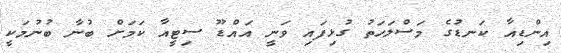
އިންޑިއާ ކަނޑުގެ މަސްލަހަތު ގުޅިފައި ވަނީ އައްޑޫ ސިޓީއާ ކަމަށް ބުނާ ބުނުމަކީ